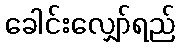
ခေါင်းလျှော်ရည်